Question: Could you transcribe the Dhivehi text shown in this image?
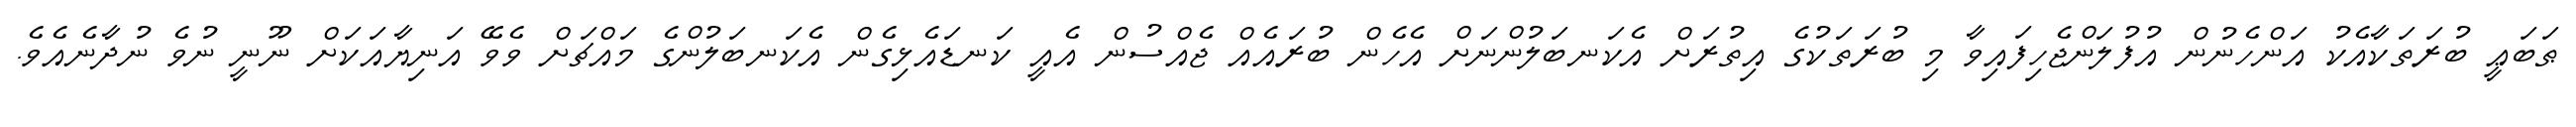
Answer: ޠަބަޢީ ބުރަތަކާއެކު އަންހެނުން އުފުލަންޖެހިފައިވާ މި ބުރަތަކުގެ އިތުރަށް އެކަނބަލުންނަށް އެހެން ބުރައެއް ޖެއްސުން އެއީ ކަނޑައެޅިގެން އެކަނބަލުންގެ މައްޗަށް ވެވޭ އަނިޔާއަކަށް ނޫނީ ނުވެ ނުދާނެއެވެ.